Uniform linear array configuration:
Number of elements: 12
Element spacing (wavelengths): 0.25
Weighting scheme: kaiser
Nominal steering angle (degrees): -45
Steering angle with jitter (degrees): -45.253
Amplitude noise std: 0.05
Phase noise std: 0.05

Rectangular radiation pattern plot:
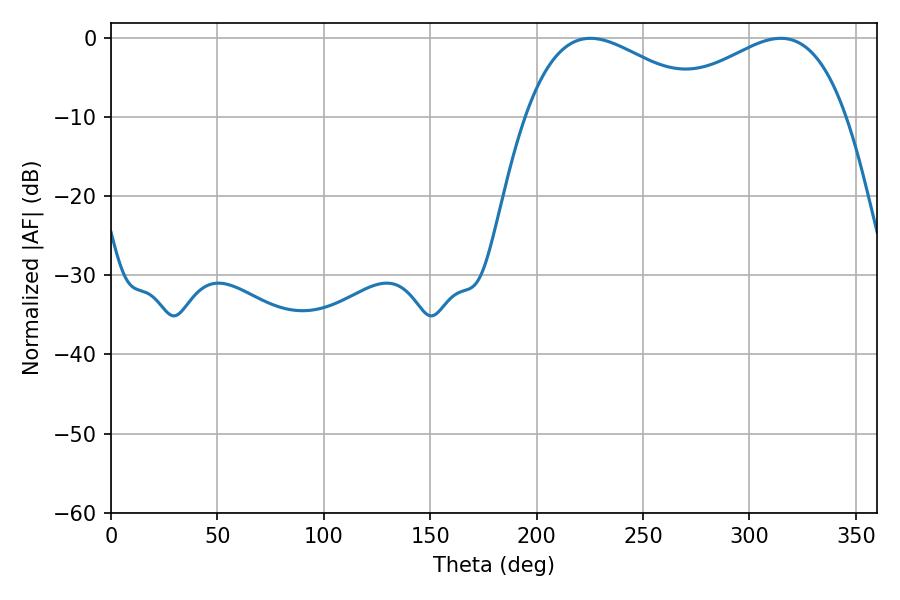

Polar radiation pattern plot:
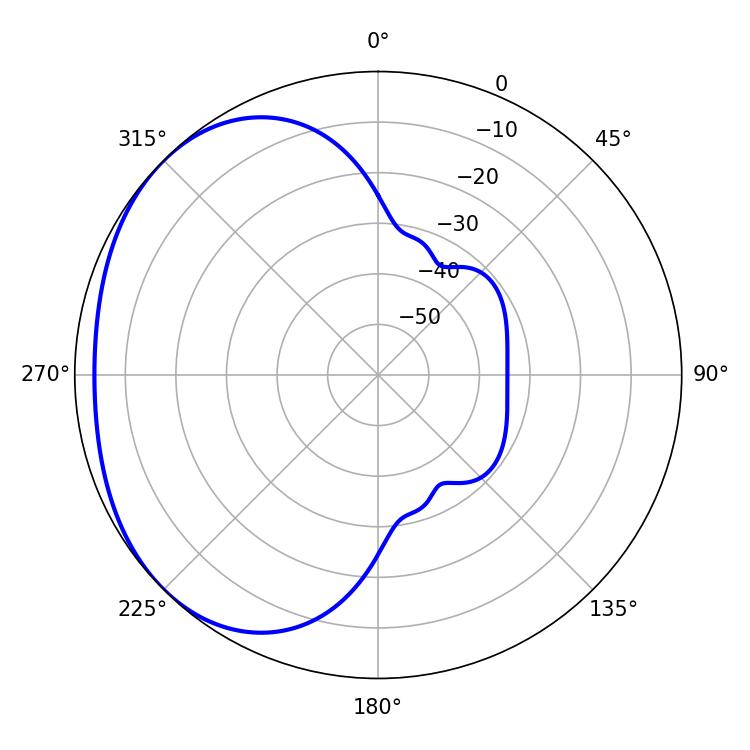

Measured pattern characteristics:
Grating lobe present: FALSE
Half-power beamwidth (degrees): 48.06
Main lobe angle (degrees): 225.36